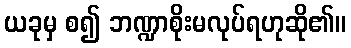
ယခုမှ စ၍ ဘဏ္ဍာစိုးမလုပ်ရဟုဆို၏။